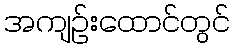
အကျဉ်းထောင်တွင်